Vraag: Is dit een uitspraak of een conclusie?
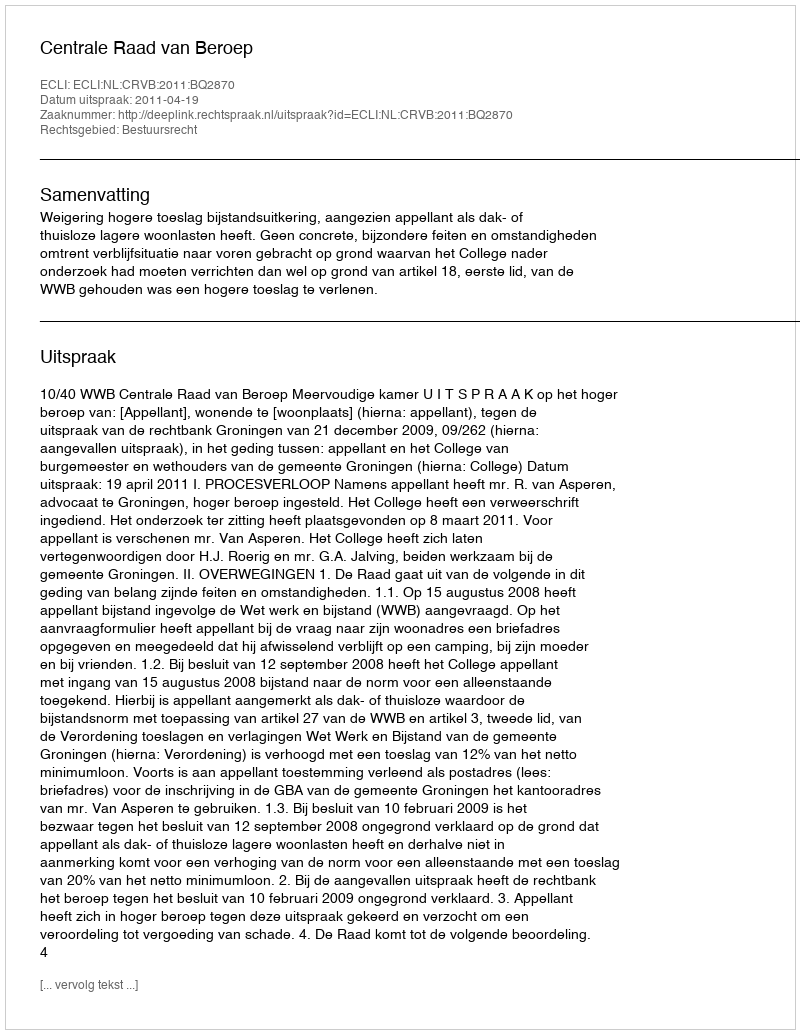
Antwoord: Uitspraak